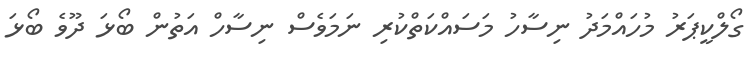
ގޯލްކީޕަރު މުހައްމަދު ނިސާހު މަސައްކަތްކުރި ނަމަވެސް ނިސާހް އަތުން ބޯޅަ ދޫވެ ބޯޅަ